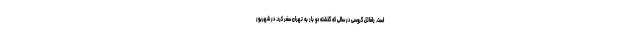
است. رافائل گروسی در سالی که گذشته دو بار به تهران سفر کرد. در شهریور